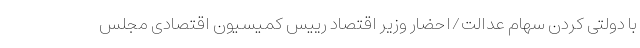
با دولتی کردن سهام عدالت/احضار وزیر اقتصاد رییس کمیسیون اقتصادی مجلس